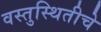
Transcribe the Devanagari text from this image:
वस्तुस्थितीचे